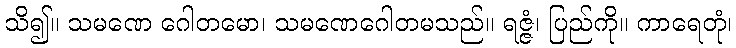
သိ၍။ သမဏေ ဂေါတမော၊ သမဏေဂေါတမသည်။ ရဇ္ဇံ၊ ပြည်ကို။ ကာရေတုံ၊